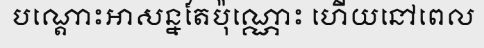
បណ្តោះអាសន្នតែប៉ុណ្ណោះ ហើយនៅពេល